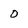
Character: 0